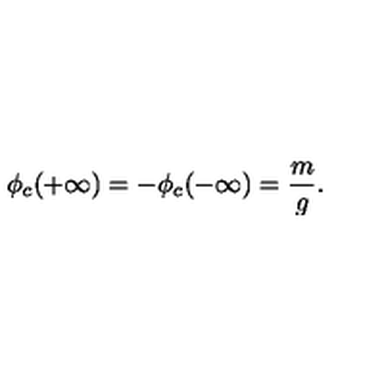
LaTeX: \phi _ { c } ( + \infty ) = - \phi _ { c } ( - \infty ) = \frac { m } { g } .